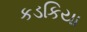
કડકિયા